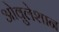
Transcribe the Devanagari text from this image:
ओवुलेशान